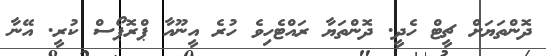
ދޮންތަޔަށް ޗީޓް ހެދީ. ދޮންތަޔާ ރައްޓެހިވެ ހުރެ އީނޫއާ ޕްރޮޕޯސް ކުރީ. އޭނާ